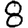
Digit: 8